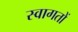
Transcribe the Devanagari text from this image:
स्वागतों